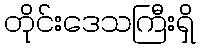
တိုင်းဒေသကြီးရှိ